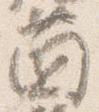
薗